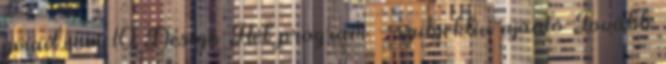
gmail.com 10 Design Hét program - szubjektív ajánló Tovább